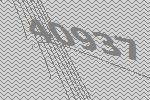
40937